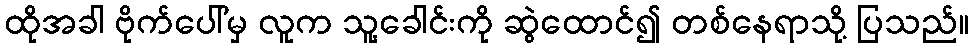
ထိုအခါ ဗိုက်ပေါ်မှ လူက သူ့ခေါင်းကို ဆွဲထောင်၍ တစ်နေရာသို့ ပြသည်။